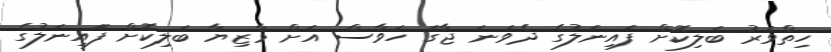
ހިތްވަރު ބަލިކޮށް ފައިނަލުގެ ދެވަނަ ޖާގަ ހަވާސް އަށް މާޒިޔާ ބަލިކޮށް ފަައިނަލުގެ